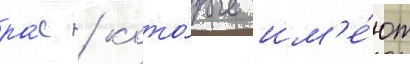
ра́с / кото́рые им'е́ют